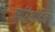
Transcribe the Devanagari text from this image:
वर्षारंभादिन